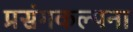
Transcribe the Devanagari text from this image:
प्रसंगकल्पना